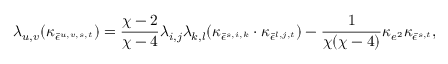
\lambda _ { u , v } ( \kappa _ { \bar { \epsilon } ^ { u , v , s , t } } ) = \frac { \chi - 2 } { \chi - 4 } \lambda _ { i , j } \lambda _ { k , l } ( \kappa _ { \bar { \epsilon } ^ { s , i , k } } \cdot \kappa _ { \bar { \epsilon } ^ { l , j , t } } ) - \frac { 1 } { \chi ( \chi - 4 ) } \kappa _ { e ^ { 2 } } \kappa _ { \bar { \epsilon } ^ { s , t } } ,